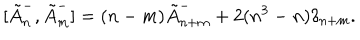
LaTeX: [ \tilde { A } _ { n } ^ { - } , \tilde { A } _ { m } ^ { - } ] = ( n - m ) \tilde { A } _ { n + m } ^ { - } + 2 ( n ^ { 3 } - n ) \delta _ { n + m } .